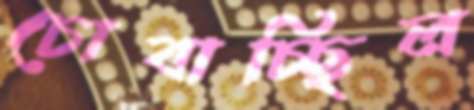
চোবাচ্ছিল